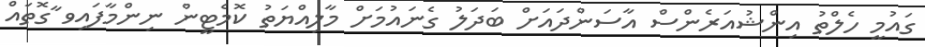
ގައުމީ ހެލްތު އިންޝުއަރެންސް އާސަންދައަށް ބަދަލު ގެނައުމަށް މާލިއްޔަތު ކޮމެޓީން ނިންމާފައިވ ާގޮތައް